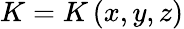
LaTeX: K=K\left(x,y,z\right)